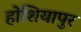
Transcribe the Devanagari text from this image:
होशियापुर